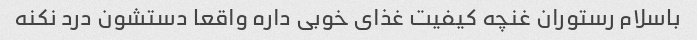
باسلام رستوران غنچه کیفیت غذای خوبی داره واقعا دستشون درد نکنه